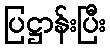
ပြဋ္ဌာန်းပြီး